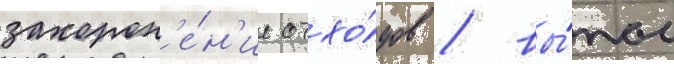
захорон'е́н'ие отхо́дов / вы́пас